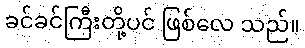
ခင်ခင်ကြီးတို့ပင် ဖြစ်လေ သည်။